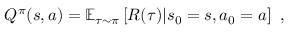
Q ^ { \pi } ( s , a ) = \mathbb { E } _ { \tau \sim \pi } \left[ R ( \tau ) | s _ { 0 } = s , a _ { 0 } = a \right] \mathrm { ~ } ,